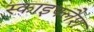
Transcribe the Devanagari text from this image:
स्काइफ्लैश